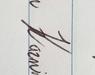
Signature authenticity: genuine